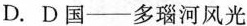
D. D国--多瑙河风光